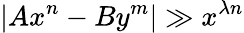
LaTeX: |Ax^{n}-By^{m}|\gg x^{\lambda n}